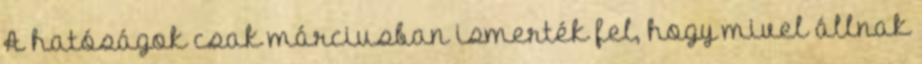
A hatóságok csak márciusban ismerték fel, hogy mivel állnak